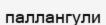
паллангули